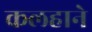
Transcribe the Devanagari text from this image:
कलहाने